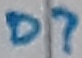
Text: D?